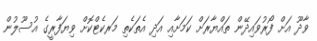
ވާދޫ އަށް ފޯރުވައިދޭން ތައްޔާރަށް ކަމަށާއި އަދި އެތަކެތި މަރކެޓްކޮށް ވިޔަފާރީގެ އުސޫލުން